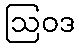
ဩဝဒ